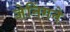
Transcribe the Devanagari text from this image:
जेनिंगने